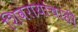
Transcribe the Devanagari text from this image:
शिवरायांचाही